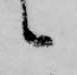
候